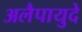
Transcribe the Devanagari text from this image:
अलैपायुदे